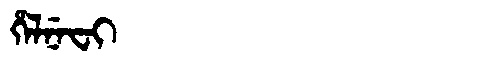
Manchu: ᡥᡝᠯᠨᡝᠸᡳ
Romanization: HELNEFI